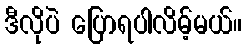
ဒီလိုပဲ ပြောရပါလိမ့်မယ်။